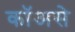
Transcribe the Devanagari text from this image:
कॉअसे